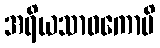
အရိယသာဝကောပိ